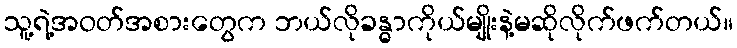
သူ့ရဲ့အဝတ်အစားတွေက ဘယ်လိုခန္ဓာကိုယ်မျိုးနဲ့မဆိုလိုက်ဖက်တယ်။